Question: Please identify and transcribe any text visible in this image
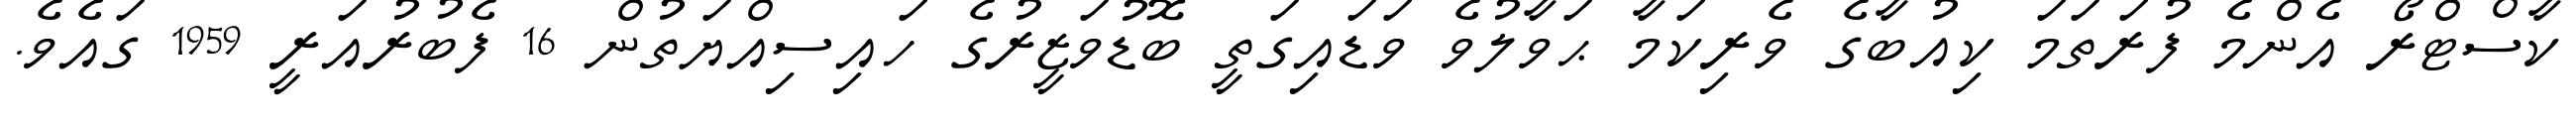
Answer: ކާސްޓްރޯ އެންމެ ފުރަތަމަ ކިއުބާގެ ވެރިކަމާ ޙަވާލުވެ ވަޑައިގަތީ ބޮޑުވަޒީރުގެ ހައިސިއްޔަތުން 16 ފެބުރުއަރީ 1959 ގައެވެ.